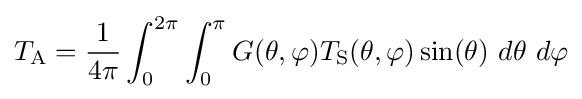
T_{\text{A}}={\frac {1}{4\pi }}\int _{0}^{2\pi }\int _{0}^{\pi }G(\theta ,\varphi )T_{\text{S}}(\theta ,\varphi )\sin(\theta )\ d\theta \ d\varphi